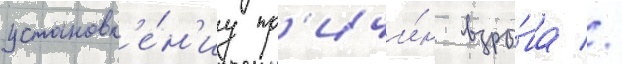
установл'е́н'иу пр'ичи́н взры́ва //